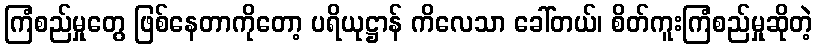
ကြံစည်မှုတွေ ဖြစ်နေတာကိုတော့ ပရိယုဋ္ဌာန် ကိလေသာ ခေါ်တယ်၊ စိတ်ကူးကြံစည်မှုဆိုတဲ့